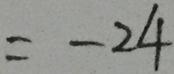
= - 2 4